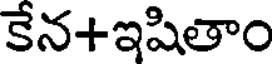
కేన+ఇషితాం